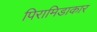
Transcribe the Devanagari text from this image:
पिरामिडाकार